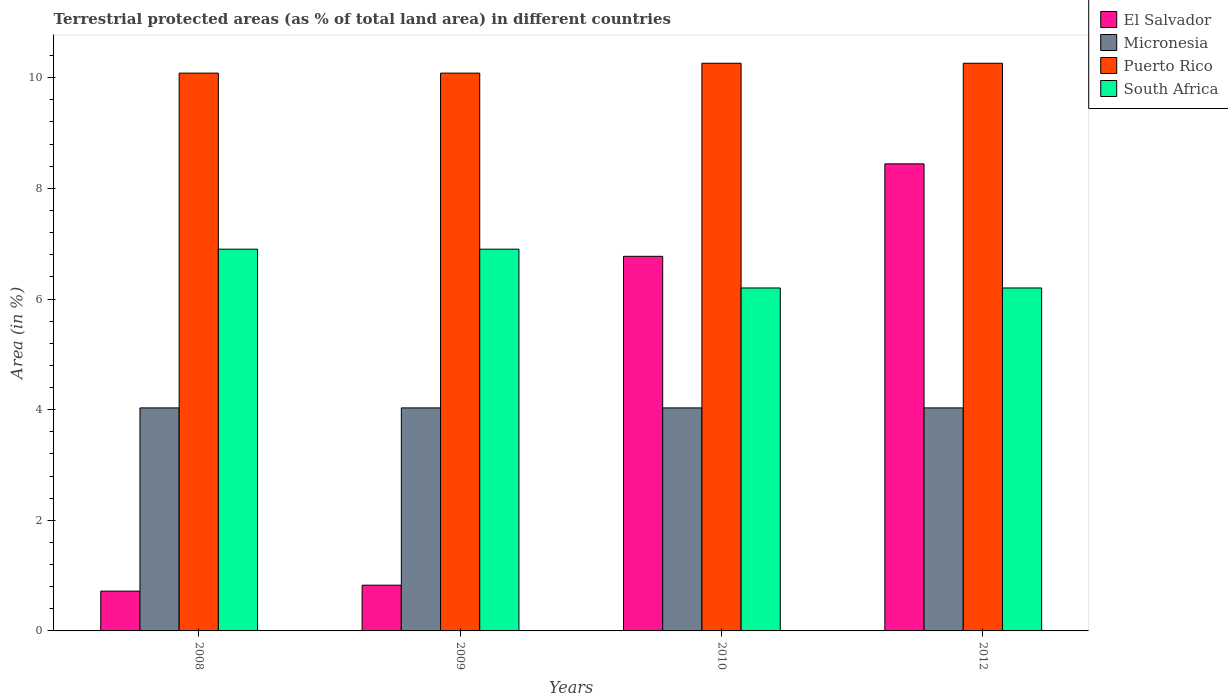
| Years | El Salvador | Micronesia | Puerto Rico | South Africa |
 | --- | --- | --- | --- | --- |
 | 2008 | 0.719 | 4.03 | 10.1 | 6.9 |
 | 2009 | 0.827 | 4.03 | 10.1 | 6.9 |
 | 2010 | 6.77 | 4.03 | 10.3 | 6.2 |
 | 2012 | 8.44 | 4.03 | 10.3 | 6.2 |